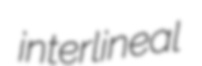
interlineal